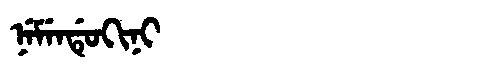
Manchu: ᠨᡝᠮᡝᠨᡩᡠᡴᡳᠨᡳ
Romanization: NEMENDUKINI